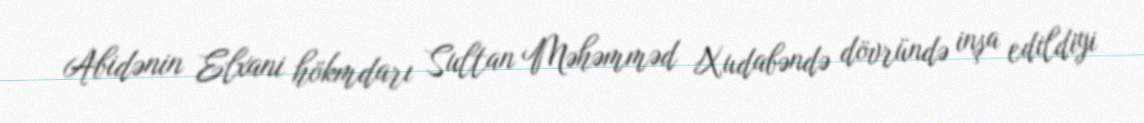
Abidənin Elxani hökmdarı Sultan Məhəmməd Xudabəndə dövründə inşa edildiyi